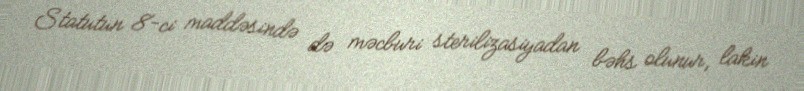
Statutun 8-ci maddəsində də məcburi sterilizasiyadan bəhs olunur, lakin